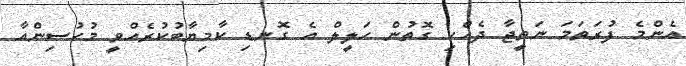
އެންމެ ފުރަތަމަ ނަތީޖާ ދެއްކި ގޮތުން ހަލީލް އެ ގޮނޑި ކާމިޔާބުކުރެއްވީ މުހުސިންއާ